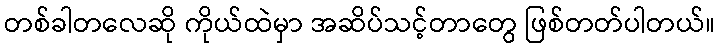
တစ်ခါတလေဆို ကိုယ်ထဲမှာ အဆိပ်သင့်တာတွေ ဖြစ်တတ်ပါတယ်။